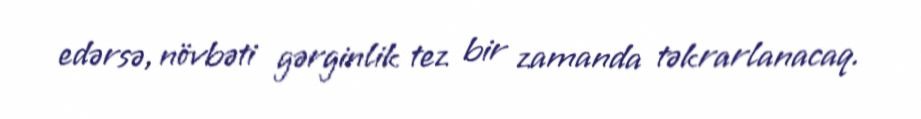
edərsə, növbəti gərginlik tez bir zamanda təkrarlanacaq.